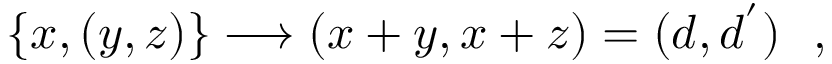
\{ x , ( y , z ) \} \longrightarrow ( x + y , x + z ) = ( d , d ^ { ' } ) \ \ ,